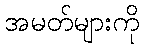
အမတ်များကို